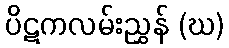
ပိဋကလမ်းညွှန် (ဃ)